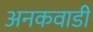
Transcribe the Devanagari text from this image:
अनकवाडी